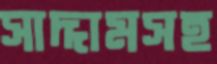
সাদ্দামসহ